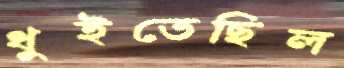
ধুইতেছিল